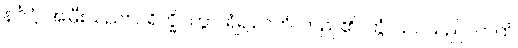
နင်္ဂုဋ္ဌံ၊ အမြီးသည်။ ပရိက္ခိပိတွာ၊ ရံ၍။ ဂတံ၊ တည်၏။ တွံ၊ သင်သည်။ ကထံ